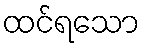
ထင်ရသော